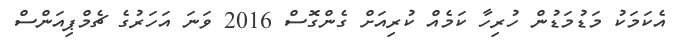
އެކަމަކު މަޑުމަޑުން ހުރިހާ ކަމެއް ކުރިއަށް ގެންގޮސް 2016 ވަނަ އަހަރުގެ ޗެމްޕިއަންސް